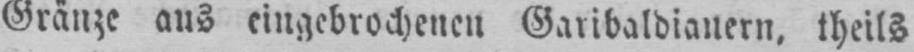
Gränze aus eingebrochenen Garibaldianern, theils